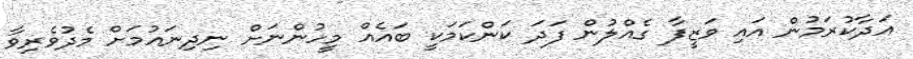
އަދާކުރަމުން އައި ވަޒީފާ ގެއްލުން ފަދަ ކަންކަމަކީ ބައެއް މީހުންނަށް ނިދިނައުމަށް މެދުވެރިވާ